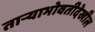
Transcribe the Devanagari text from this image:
ताऱ्याभोवतीदेखील